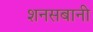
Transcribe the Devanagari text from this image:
शनसबानी